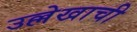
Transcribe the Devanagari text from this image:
उल्लेखाची